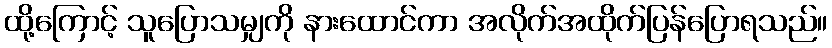
ထို့ကြောင့် သူပြောသမျှကို နားထောင်ကာ အလိုက်အထိုက်ပြန်ပြောရသည်။